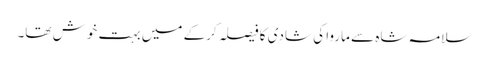
سلامہ شاہ سے ماروا کی شادی کا فیصلہ کرکے میں بہت خوش تھا۔